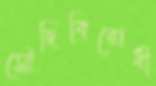
সৌদিবিরোধী